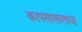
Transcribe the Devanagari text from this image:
कापसासारख्या